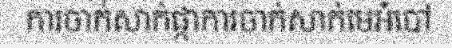
ការចាក់សាក់ផ្កាការចាក់សាក់មេអំបៅ